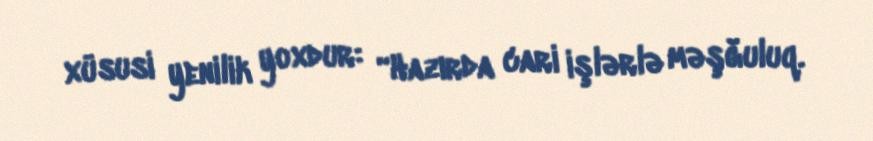
xüsusi yenilik yoxdur: “Hazırda cari işlərlə məşğuluq.